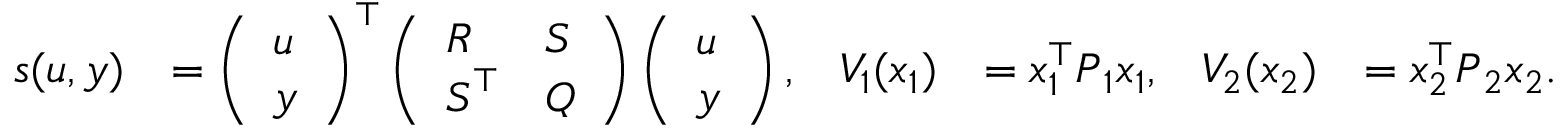
\begin{array} { r l r l r l } { s ( u , y ) } & { = \left( \begin{array} { l } { u } \\ { y } \end{array} \right) ^ { \top } \left( \begin{array} { l l } { \boldsymbol { R } } & { \boldsymbol { S } } \\ { \boldsymbol { S } ^ { \top } } & { \boldsymbol { Q } } \end{array} \right) \left( \begin{array} { l } { u } \\ { y } \end{array} \right) , } & { V _ { 1 } ( x _ { 1 } ) } & { = x _ { 1 } ^ { \top } \boldsymbol { P } _ { 1 } x _ { 1 } , } & { V _ { 2 } ( x _ { 2 } ) } & { = x _ { 2 } ^ { \top } \boldsymbol { P } _ { 2 } x _ { 2 } . } \end{array}